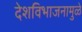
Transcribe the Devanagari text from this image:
देशविभाजनामुळे